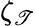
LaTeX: \zeta_{\mathscr{T}}